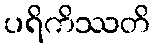
ပရိကိဿတိ